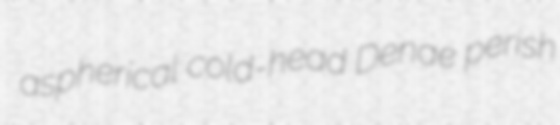
aspherical cold-head Denae perish